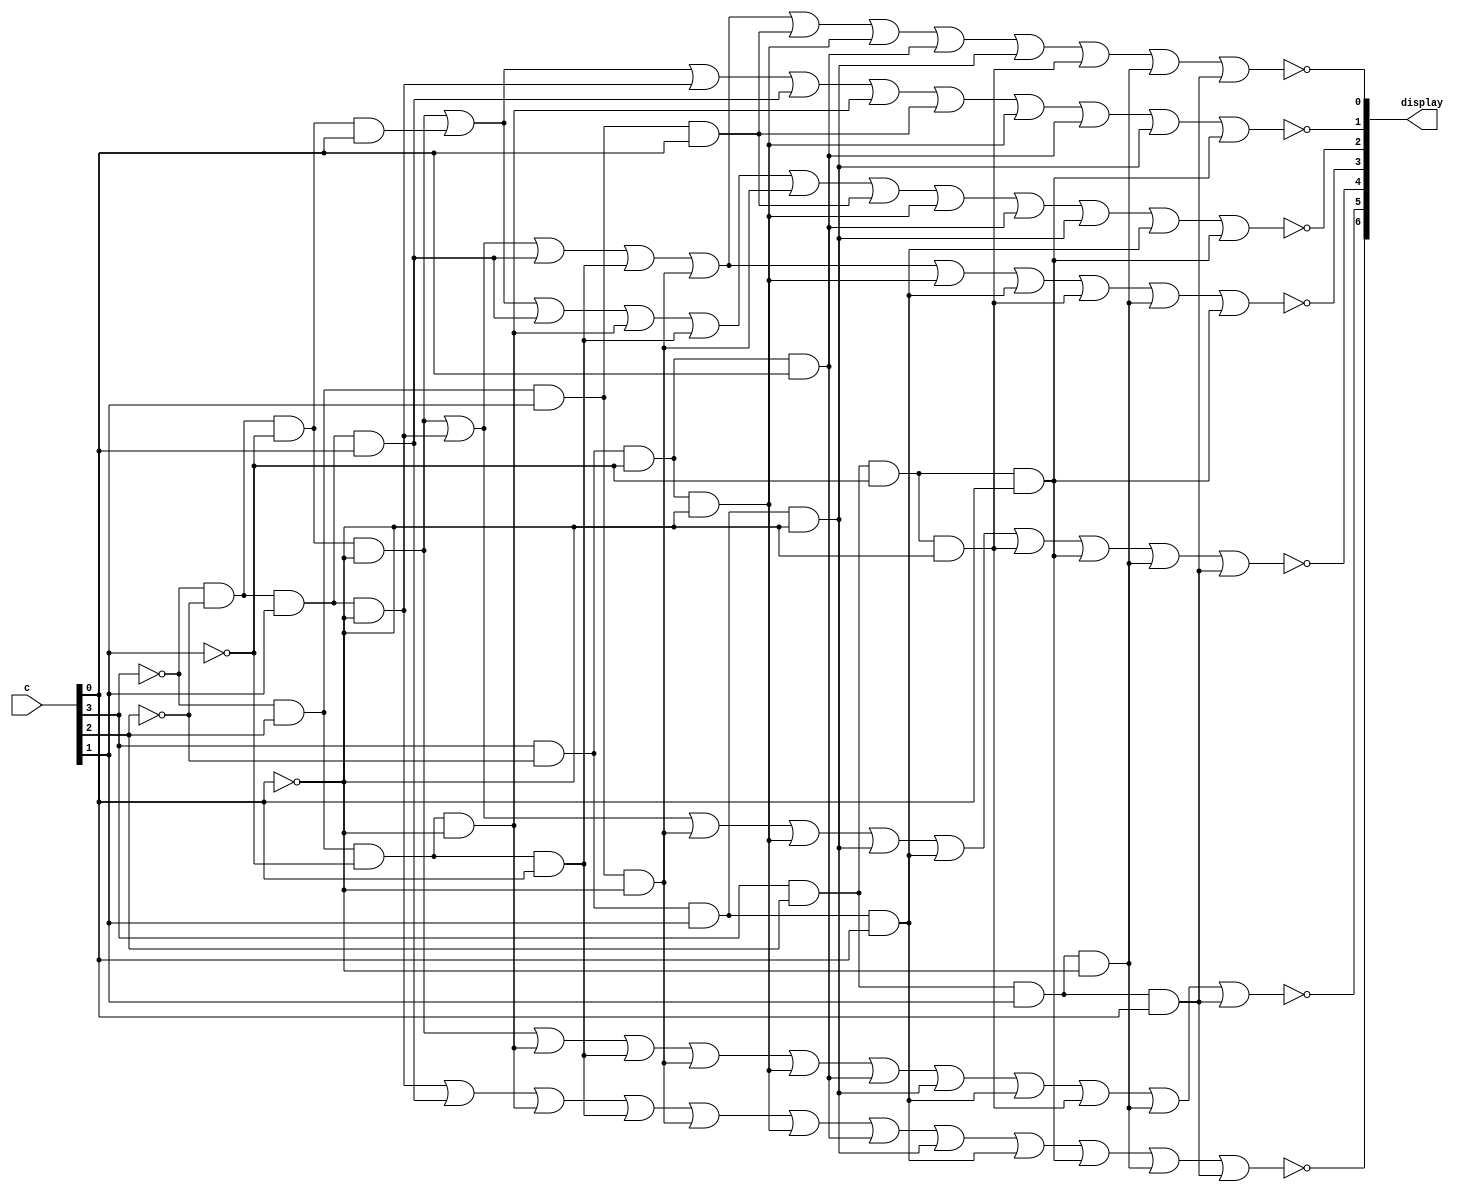
module hex_decoder(c, display);
    input [3:0] c;
    output [6:0] display;

    wire c0, c1, c2, c3;
    assign c0 = c[0];
    assign c1 = c[1];
    assign c2 = c[2];
    assign c3 = c[3];

    wire s0, s1, s2, s3, s4, s5, s6;
        
    assign s6 =      ((!c3)&(!c2)&(c1)&(!c0))| 
                     ((!c3)&(!c2)&(c1)&(c0))| 
                     ((!c3)&(c2)&(!c1)&(!c0))| 
                     ((!c3)&(c2)&(!c1)&(c0))| 
                     ((!c3)&(c2)&(c1)&(!c0))|
                     ((c3)&(!c2)&(!c1)&(!c0))|
                     ((c3)&(!c2)&(!c1)&(c0))|
                     ((c3)&(!c2)&(c1)&(!c0))|
                     ((c3)&(!c2)&(c1)&(c0))| 
                     ((c3)&(c2)&(!c1)&(c0))| 
                     ((c3)&(c2)&(c1)&(!c0))|
                     ((c3)&(c2)&(c1)&(c0));
    
    assign s5 = ((!c3)&(!c2)&(!c1)&(!c0))| 
                     ((!c3)&(c2)&(!c1)&(!c0))| 
                     ((!c3)&(c2)&(!c1)&(c0))| 
                     ((!c3)&(c2)&(c1)&(!c0))|
                     ((c3)&(!c2)&(!c1)&(!c0))|
                     ((c3)&(!c2)&(!c1)&(c0))|
                     ((c3)&(!c2)&(c1)&(!c0))|
                     ((c3)&(!c2)&(c1)&(c0))| 
                     ((c3)&(c2)&(!c1)&(!c0))|
                     ((c3)&(c2)&(c1)&(!c0))|
                     ((c3)&(c2)&(c1)&(c0));

    assign s4 = ((!c3)&(!c2)&(!c1)&(!c0))| 
                     ((!c3)&(!c2)&(c1)&(!c0))| 
                     ((!c3)&(c2)&(c1)&(!c0))|
                     ((c3)&(!c2)&(!c1)&(!c0))|
                     ((c3)&(!c2)&(c1)&(!c0))|
                     ((c3)&(!c2)&(c1)&(c0))| 
                     ((c3)&(c2)&(!c1)&(!c0))|
                     ((c3)&(c2)&(!c1)&(c0))|
                     ((c3)&(c2)&(c1)&(!c0))|
                     ((c3)&(c2)&(c1)&(c0));

    assign s3 = ((!c3)&(!c2)&(!c1)&(!c0))| 
                     ((!c3)&(!c2)&(c1)&(!c0))| 
                     ((!c3)&(!c2)&(c1)&(c0))|  
                     ((!c3)&(c2)&(!c1)&(c0))| 
                     ((!c3)&(c2)&(c1)&(!c0))|
                     ((c3)&(!c2)&(!c1)&(!c0))|
                     ((c3)&(!c2)&(c1)&(c0))| 
                     ((c3)&(c2)&(!c1)&(!c0))|
                     ((c3)&(c2)&(c1)&(!c0))| 
                     ((c3)&(c2)&(!c1)&(c0));

    assign s2 = ((!c3)&(!c2)&(!c1)&(!c0))| 
                     ((!c3)&(!c2)&(!c1)&(c0))| 
                     ((!c3)&(!c2)&(c1)&(c0))| 
                     ((!c3)&(c2)&(!c1)&(!c0))| 
                     ((!c3)&(c2)&(!c1)&(c0))| 
                     ((!c3)&(c2)&(c1)&(!c0))|
                     ((!c3)&(c2)&(c1)&(c0))|
                     ((c3)&(!c2)&(!c1)&(!c0))|
                     ((c3)&(!c2)&(!c1)&(c0))|
                     ((c3)&(!c2)&(c1)&(!c0))|
                     ((c3)&(!c2)&(c1)&(c0)) |
                     ((c3)&(c2)&(!c1)&(c0)); 


    assign s1 = ((!c3)&(!c2)&(!c1)&(!c0))| 
                     ((!c3)&(!c2)&(!c1)&(c0))| 
                     ((!c3)&(!c2)&(c1)&(!c0))| 
                     ((!c3)&(!c2)&(c1)&(c0))| 
                     ((!c3)&(c2)&(!c1)&(!c0))| 
                     ((!c3)&(c2)&(c1)&(c0))|
                     ((c3)&(!c2)&(!c1)&(!c0))|
                     ((c3)&(!c2)&(!c1)&(c0))|
                     ((c3)&(!c2)&(c1)&(!c0))|
                     ((c3)&(c2)&(!c1)&(c0));


    assign s0 = ((!c3)&(!c2)&(!c1)&(!c0))| 
                     ((!c3)&(!c2)&(c1)&(!c0))| 
                     ((!c3)&(!c2)&(c1)&(c0))| 
                     ((!c3)&(c2)&(!c1)&(c0))| 
                     ((!c3)&(c2)&(c1)&(!c0))|
                     ((!c3)&(c2)&(c1)&(c0))|
                     ((c3)&(!c2)&(!c1)&(!c0))|
                     ((c3)&(!c2)&(!c1)&(c0))|
                     ((c3)&(!c2)&(c1)&(!c0))|
                     ((c3)&(c2)&(!c1)&(!c0))|
                     ((c3)&(c2)&(c1)&(!c0))|
                     ((c3)&(c2)&(c1)&(c0));

    assign display[0] = !s0;
    assign display[1] = !s1;
    assign display[2] = !s2;
    assign display[3] = !s3;
    assign display[4] = !s4;
    assign display[5] = !s5;
    assign display[6] = !s6;

endmodule